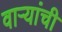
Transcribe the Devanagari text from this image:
वार्‍यांची